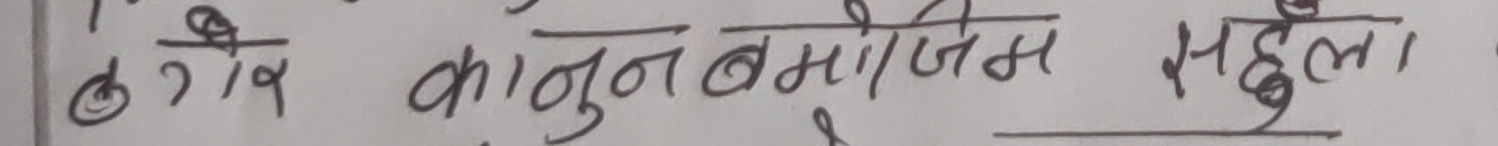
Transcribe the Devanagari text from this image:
ठेक्का कानुन बमोजिम हुने ।